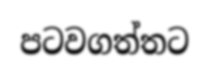
පටවගත්තට